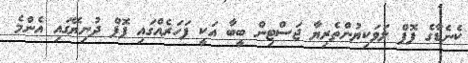
ކެނެޑާގެ ޕޮޕް ލަވަކިޔުންތެރިޔާ ޖަސްޓިން ބީބާ އަކީ ފަހަރެއްގައި ޕޮޕް ދުނިޔޭގައި އެންމެ